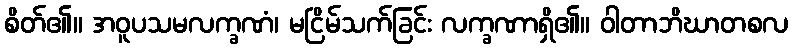
စိတ်၏။ အဝူပသမလက္ခဏံ၊ မငြိမ်သက်ခြင်း လက္ခဏာရှိ၏။ ဝါတာဘိဃာတစလ